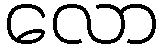
လော